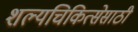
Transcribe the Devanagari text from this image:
शल्यचिकित्सेसाठी